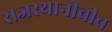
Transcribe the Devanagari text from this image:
राजस्थानीचीच